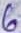
Text: 6